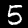
Label: 5